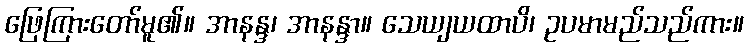
ဖြေကြားတော်မူ၏။ အာနန္ဒ၊ အာနန္ဒာ။ သေယျယထာပိ၊ ဥပမာမည်သည်ကား။